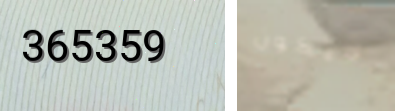
365359 لايكون